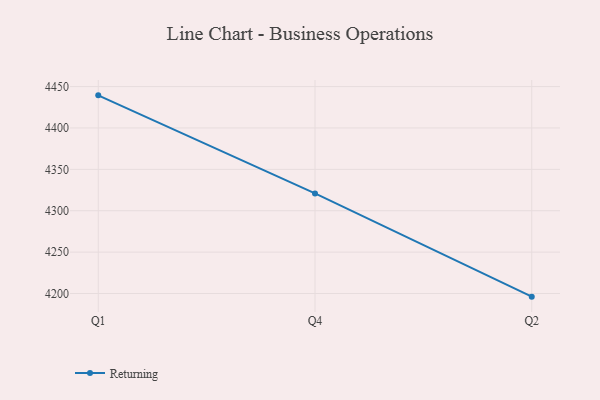
{"axis": {"x": "Quarter", "y": "LTV (USD)"}, "legend": ["Returning"], "data": [{"x": "Q1", "y": 4439.4, "type": "Returning"}, {"x": "Q4", "y": 4320.9, "type": "Returning"}, {"x": "Q2", "y": 4196.2, "type": "Returning"}]}